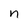
Character: n